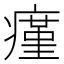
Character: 瘽